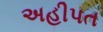
અહીપત